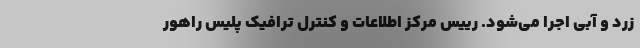
زرد و آبی اجرا می‌شود. رییس مرکز اطلاعات و کنترل ترافیک پلیس راهور